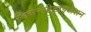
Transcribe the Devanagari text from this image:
डिसेन्सीटाइजेशन